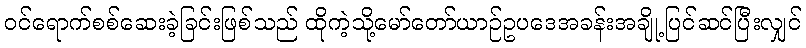
ဝင်ရောက်စစ်ဆေးခဲ့ခြင်းဖြစ်သည် ထိုကဲ့သို့မော်တော်ယာဉ်ဥပဒေအခန်းအချို့ပြင်ဆင်ပြီးလျှင်